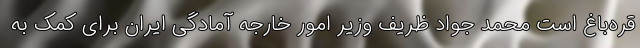
قره‌باغ است محمد جواد ظریف وزیر امور خارجه آمادگی ایران برای کمک به